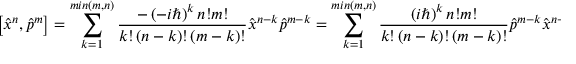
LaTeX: \left[ { \hat { x } } ^ { n } , { \hat { p } } ^ { m } \right] = \sum _ { k = 1 } ^ { m i n \left( m , n \right) } { { \frac { - \left( - i \hbar \right) ^ { k } n ! m ! } { k ! \left( n - k \right) ! \left( m - k \right) ! } } { \hat { x } } ^ { n - k } { \hat { p } } ^ { m - k } } = \sum _ { k = 1 } ^ { m i n \left( m , n \right) } { { \frac { \left( i \hbar \right) ^ { k } n ! m ! } { k ! \left( n - k \right) ! \left( m - k \right) ! } } { \hat { p } } ^ { m - k } { \hat { x } } ^ { n - k } }